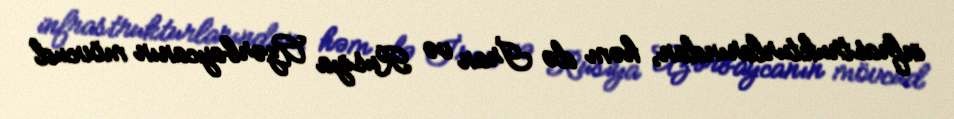
infrastrukturlarından, həm də İran və Rusiya Azərbaycanın mövcud